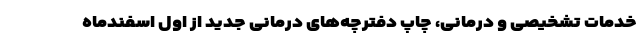
خدمات تشخیصی و درمانی، چاپ دفترچه‌های درمانی جدید از اول اسفندماه